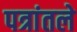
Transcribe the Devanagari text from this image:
पत्रांतले